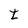
Character: t